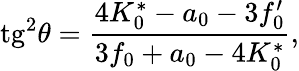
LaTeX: \mathrm{tg}^{2}\theta=\frac{4K_{0}^{*}-a_{0}-3f_{0}^{\prime}}{3f_{0}+a_{0}-4K_{0}^{*}},